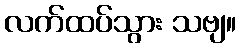
လက်ထပ်သွား သဗျ။